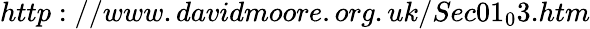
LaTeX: http://www.davidmoore.org.uk/Sec01_{0}3.htm